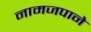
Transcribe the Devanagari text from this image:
नामजपाने